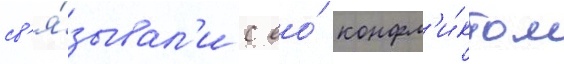
св'я́зывал'и с ео́ конфл'и́ктом